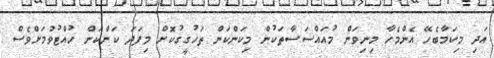
އަދި މިކަމާބެހޭ އެންމެހާ މިނިވަން މުއައްސަސާތަކުން މިކަންކަން ތަހުގީގުކޮށް މިފަދަ ކަންކަން ހުއްޓުވުމަށްވެސް